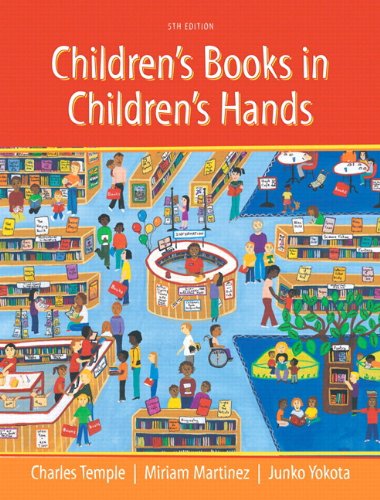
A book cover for Children's Books in Children's Hands: A Brief Introduction to Their Literature, Pearson eText with Loose-Leaf Version -- Access Card Package (5th Edition); Charles A. Temple; Reference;